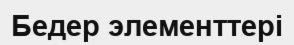
Бедер элементтері